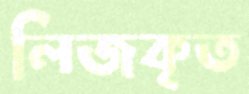
লিজকৃত